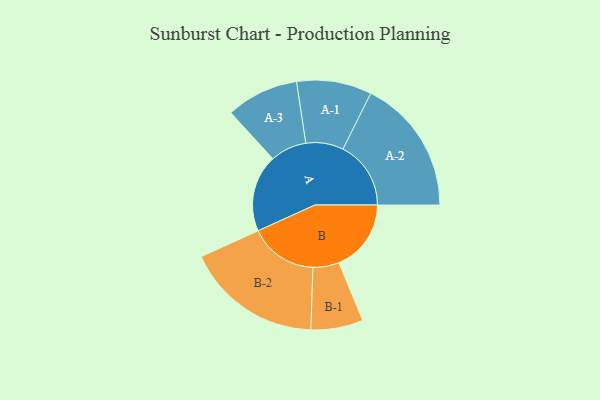
{"axis": {"x": "Segment", "y": "Value"}, "legend": ["", "A", "B"], "data": [{"x": "A", "y": 304, "type": ""}, {"x": "B", "y": 285, "type": ""}, {"x": "A-1", "y": 148, "type": "A"}, {"x": "A-2", "y": 268, "type": "A"}, {"x": "A-3", "y": 143, "type": "A"}, {"x": "B-1", "y": 103, "type": "B"}, {"x": "B-2", "y": 269, "type": "B"}]}